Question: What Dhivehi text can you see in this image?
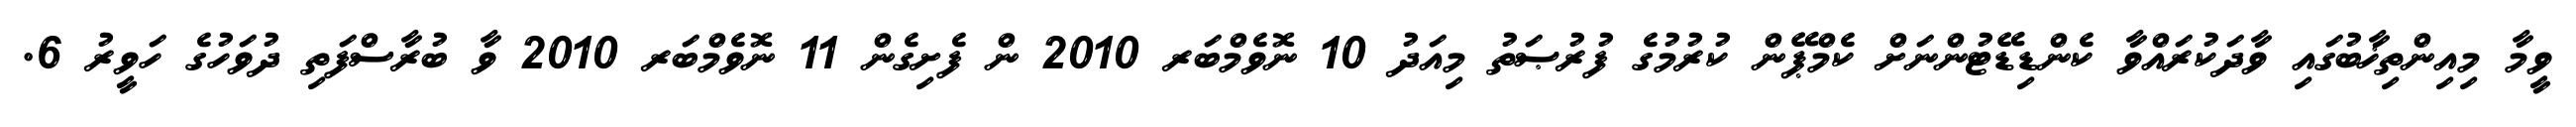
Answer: ވީމާ މިއިންތިޚާބުގައި ވާދަކުރައްވާ ކެންޑިޑޭޓުންނަށް ކެމްޕޭން ކުރުމުގެ ފުރުޞަތު މިއަދު 10 ނޮވެމްބަރ 2010 ން ފެށިގެން 11 ނޮވެމްބަރ 2010 ވާ ބުރާސްފަތި ދުވަހުގެ ހަވީރު 6.